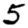
Digit: 5